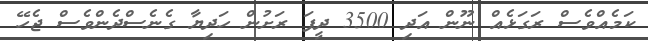
ކަމެއްވެސް ރަގަޅެއް ނޫން އަދި 3500 ދީފަ ރަށުން ހަދިޔާ ގެނެސްދެންވެސް ޖެހޭ